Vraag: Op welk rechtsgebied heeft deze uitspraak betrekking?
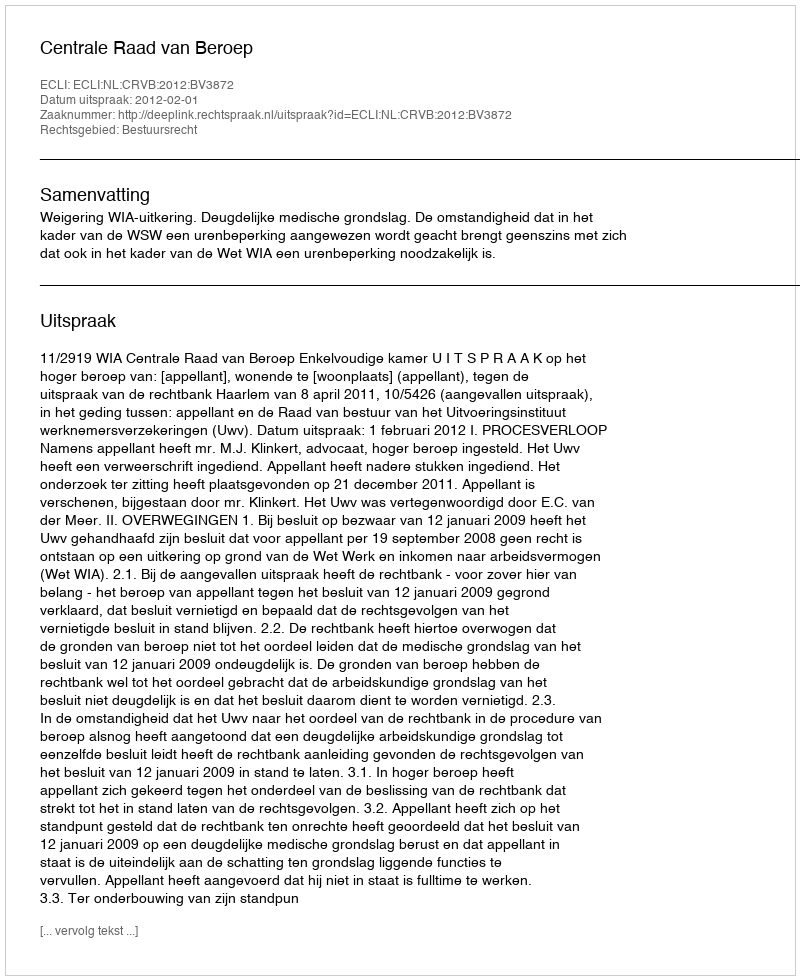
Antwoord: Bestuursrecht